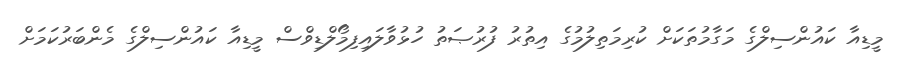
މީޑިއާ ކައުންސިލްގެ މަގާމުތަކަށް ކުރިމަތިލުމުގެ އިތުރު ފުރުޞަތު ހުޅުވާލައިފިމޯލްޑިވްސް މީޑިއާ ކައުންސިލްގެ މެންބަރުކަމަށް